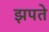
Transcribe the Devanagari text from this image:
झपते